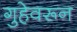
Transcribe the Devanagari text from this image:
गुहेवरून